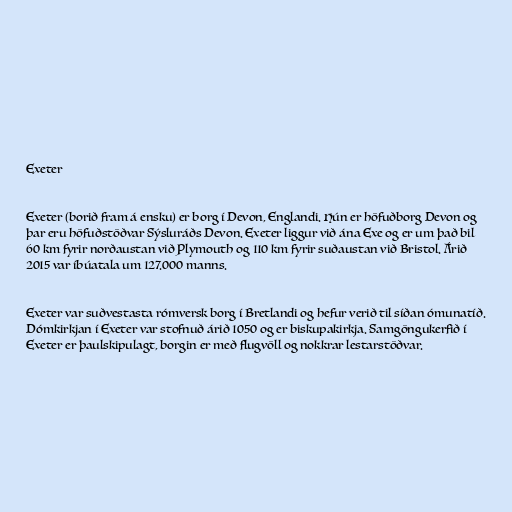
Exeter

Exeter (borið fram á ensku) er borg í Devon, Englandi. Hún er höfuðborg Devon og
þar eru höfuðstöðvar Sýsluráðs Devon. Exeter liggur við ána Exe og er um það bil
60 km fyrir norðaustan við Plymouth og 110 km fyrir suðaustan við Bristol. Árið
2015 var íbúatala um 127.000 manns.

Exeter var suðvestasta rómversk borg í Bretlandi og hefur verið til síðan ómunatíð.
Dómkirkjan í Exeter var stofnuð árið 1050 og er biskupakirkja. Samgöngukerfið í
Exeter er þaulskipulagt, borgin er með flugvöll og nokkrar lestarstöðvar.